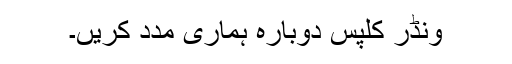
ونڈر کلپس دوبارہ ہماری مدد کریں۔